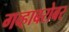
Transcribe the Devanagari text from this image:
गव्हाबरोबर